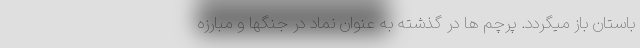
باستان باز میگردد. پرچم ها در گذشته به عنوان نماد در جنگها و مبارزه